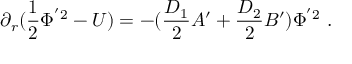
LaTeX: \partial _ { r } ( \frac { 1 } { 2 } \Phi ^ { ' 2 } - U ) = - ( \frac { D _ { 1 } } { 2 } A ^ { \prime } + \frac { D _ { 2 } } { 2 } B ^ { \prime } ) \Phi ^ { ' 2 } ~ .